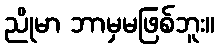
ညိုမာ ဘာမှမဖြစ်ဘူး။